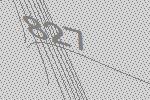
827